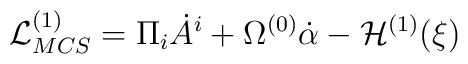
{\cal L}^{(1)}_{MCS} = \Pi_i \dot A^i + \Omega^{(0)} \dot\alpha - {\cal H}^{(1)}(\xi)